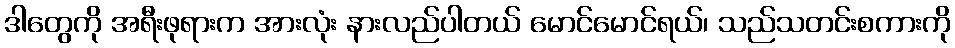
ဒါတွေကို အရီးဖုရားက အားလုံး နားလည်ပါတယ် မောင်မောင်ရယ်၊ သည်သတင်းစကားကို